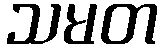
သမတ